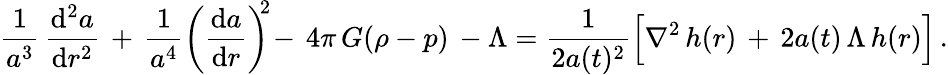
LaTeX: \frac{1}{a^{3}}\, \frac{\mathrm{d}^{2}a}{\mathrm{d}r^{2}}\, +\, \frac{1}{a^{4}}\left(\frac{\mathrm{d}a}{\mathrm{d}r}\right)^{\! \! 2}\! -\, 4\pi\, G(\rho-p)\, -\Lambda=\frac{1}{2a(t)^{2}}\Bigl[\nabla^{2}\, h(r)\, +\, 2a(t)\, \Lambda\, h(r)\Bigr]\, .